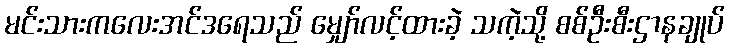
မင်းသားကလေးအင်ဒရေသည် မျှော်လင့်ထားခဲ့ သကဲ့သို့ စစ်ဦးစီးဌာနချုပ်